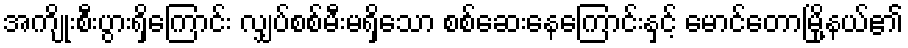
အကျိုးစီးပွားရှိကြောင်း လျှပ်စစ်မီးမရှိသော စစ်ဆေးနေကြောင်းနှင့် မောင်တောမြို့နယ်၏